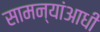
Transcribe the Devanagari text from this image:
सामन्यांआधी